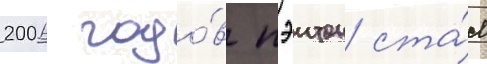
2006 годо́в пэитон ста́л